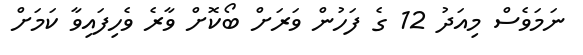
ނަމަވެސް މިއަދު 12 ގެ ފަހުން ވަރަށް ބޯކޮށް ވާރެ ވެހިފައިވާ ކަމަށް